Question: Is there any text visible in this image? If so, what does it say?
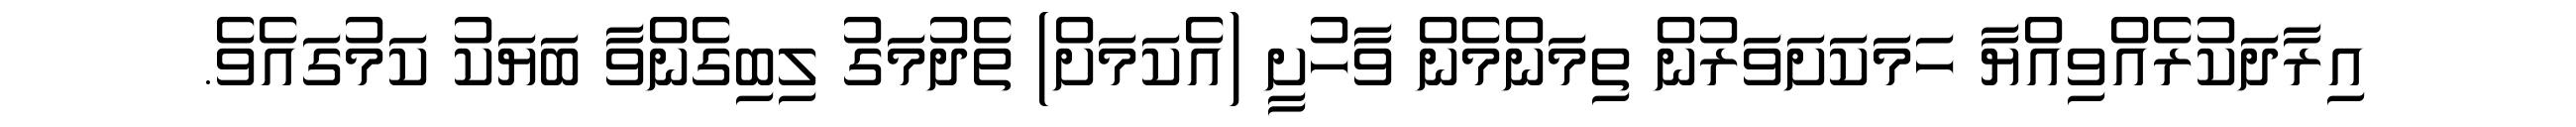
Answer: އިރާދަކުރެއްވިއްޔާ ހަމަކަށަވަރުން ތިމަންމެން ވާހުށީ (އެކަމަށް) ތެދުމަގު ލިބިގެންވާ ބަޔަކު ކަމުގައެވެ.